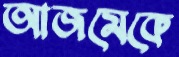
আজমেকে